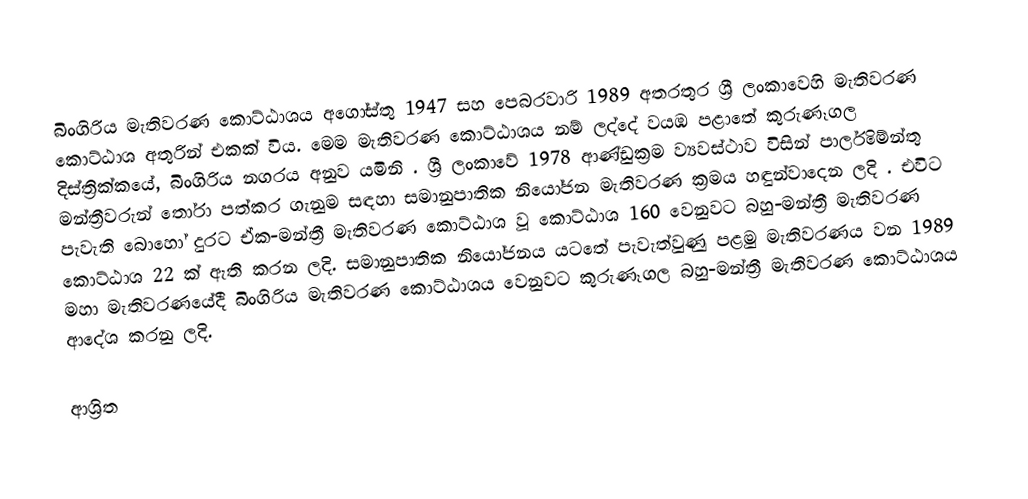
බිංගිරිය  මැතිවරණ කොට්ඨාශය  අගෝස්තු 1947 සහ පෙබරවාරි 1989 අතරතුර  ශ්‍රී ලංකාවෙහි  මැතිවරණ කොට්ඨාශ අතුරින් එකක් විය. මෙම මැතිවරණ කොට්ඨාශය නම් ලද්දේ  වයඹ පළාතේ  කුරුණෑගල දිස්ත්‍රික්කයේ,  බිංගිරිය නගරය අනුව යමිනි . ශ්‍රී ලංකාවේ 1978 ආණ්ඩුක්‍රම ව්‍යවස්ථාව විසින්   පාර්ලිමේන්තු මන්ත්‍රීවරුන් තෝරා පත්කර ගැනුම සඳහා සමානුපාතික නියෝජන මැතිවරණ ක්‍රමය හඳුන්වාදෙන ලදි . එවිට පැවැති බොහෝ දුරට  ඒක-මන්ත්‍රී මැතිවරණ කොට්ඨාශ වූ කොට්ඨාශ 160 වෙනුවට බහු-මන්ත්‍රී මැතිවරණ කොට්ඨාශ 22 ක් ඇති කරන ලදි. සමානුපාතික නියෝජනය යටතේ පැවැත්වුණු  පළමු මැතිවරණය වන 1989 මහා මැතිවරණයේදී  බිංගිරිය මැතිවරණ කොට්ඨාශය වෙනුවට  කුරුණෑගල බහු-මන්ත්‍රී මැතිවරණ කොට්ඨාශය  ආදේශ කරනු ලදි.

ආශ්‍රිත